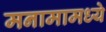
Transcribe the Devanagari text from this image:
मनामामध्ये